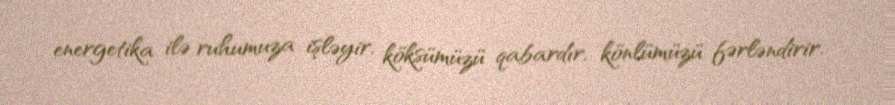
energetika ilə ruhumuza işləyir, köksümüzü qabardır, könlümüzü fərləndirir.